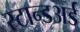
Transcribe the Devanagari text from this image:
स्टान्डअर्ड